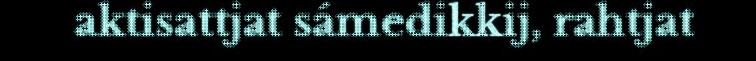
aktisattjat sámedikkij, rahtjat